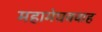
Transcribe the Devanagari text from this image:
महामेघववाह